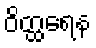
ဝိတ္ထရေန